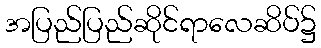
အပြည်ပြည်ဆိုင်ရာလေဆိပ်၌